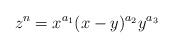
LaTeX: \begin{align*}z^n=x^{a_1}(x-y)^{a_2}y^{a_3}\end{align*}